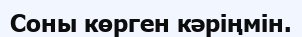
Соны көрген кәріңмін.